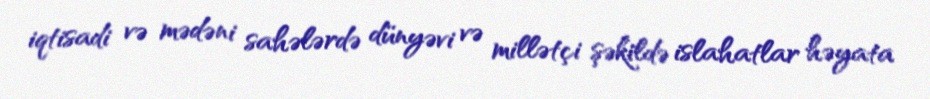
iqtisadi və mədəni sahələrdə dünyəvi və millətçi şəkildə islahatlar həyata